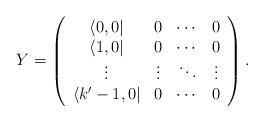
LaTeX: \begin{align*}Y=\left(\begin{array}{cccc} \langle 0,0| & 0 & \cdots & 0 \\\langle 1,0| & 0 & \cdots & 0 \\ \vdots & \vdots & \ddots & \vdots\\ \langle k'-1,0| & 0 & \cdots & 0 \end{array}\right).\end{align*}